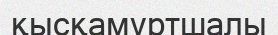
қысқамұртшалы